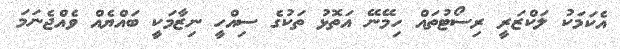
އެކަމަކު ލަކްޒަރީ ރިސޯޓުތައް ހިމޭނޭ އަތޮޅު ތަކުގެ ސިއްހީ ނިޒާމަކީ ބައްޔެއް ވެއްޖެނަމަ